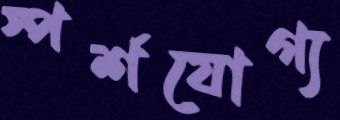
স্পর্শযোগ্য